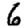
Digit: 6